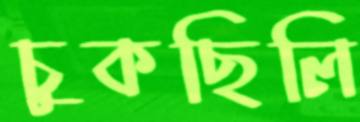
চুকছিলি